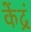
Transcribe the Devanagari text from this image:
केंद्रं